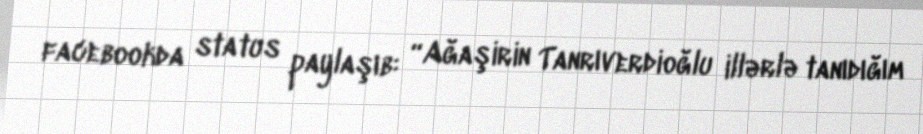
facebookda status paylaşıb: “Ağaşirin Tanrıverdioğlu illərlə tanıdığım